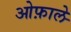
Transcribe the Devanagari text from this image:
ओफ़ाले